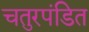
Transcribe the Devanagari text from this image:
चतुरपंडित